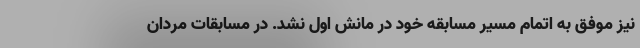
نیز موفق به اتمام مسیر مسابقه خود در مانش اول نشد. در مسابقات مردان